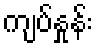
ကျပ်နှုန်း